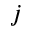
j